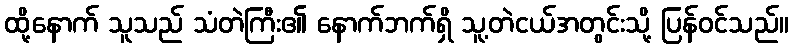
ထို့နောက် သူသည် သံတဲကြီး၏ နောက်ဘက်ရှိ သူ့တဲငယ်အတွင်းသို့ ပြန်ဝင်သည်။